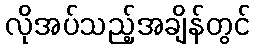
လိုအပ်သည့်အချိန်တွင်